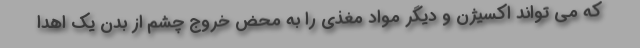
که می تواند اکسیژن و دیگر مواد مغذی را به محض خروج چشم از بدن یک اهدا